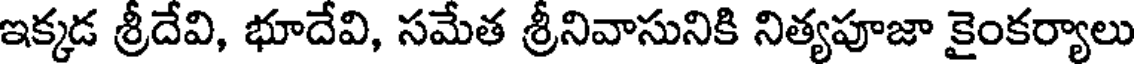
ఇక్కడ శ్రీదేవి, భూదేవి, సమేత శ్రీనివాసునికి నిత్యపూజా కైంకర్యాలు